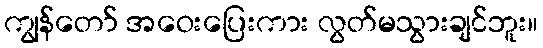
ကျွန်တော် အဝေးပြေးကား လွတ်မသွားချင်ဘူး။